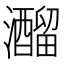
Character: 𤄍